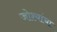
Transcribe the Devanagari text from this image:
जोश्यांचा